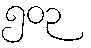
၅၀၃